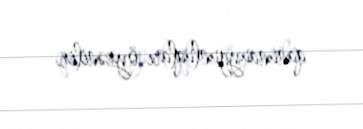
qanunauyğunluqları öyrənilir.